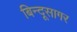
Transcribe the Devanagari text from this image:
बिन्दूसागर